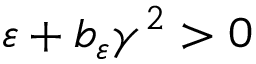
\varepsilon + b _ { \varepsilon } \gamma ^ { 2 } > 0